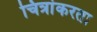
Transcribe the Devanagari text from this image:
चित्रांकरता